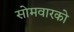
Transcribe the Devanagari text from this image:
सोमवारको